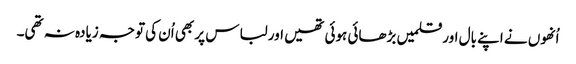
اُنھوں نے اپنے بال اورقلمیں بڑھائی ہوئی تھیں اور لباس پر بھی اُن کی توجہ زیادہ نہ تھی۔